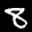
Label: 8